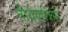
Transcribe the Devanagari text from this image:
तीर्थयात्रियो